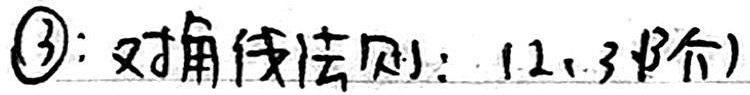
\textcircled{3}：对角线法则：（1、2、3 阶）